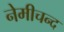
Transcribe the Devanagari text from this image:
नेमीचन्द